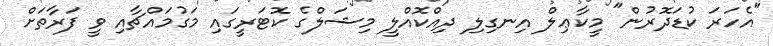
"އެހަރަ ކުޑަދޮރުން" މީކާޢިލް އިނގިލި ދިއްކޮއްލީ މިޝަލްގެ ކޮޓަރީގައި މަގުމައްޗާއި ވީ ފަރާތަށް